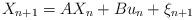
LaTeX: \begin{align*}X_{n+1} = AX_{n} + Bu_n + \xi_{n+1}\end{align*}